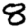
Digit: 8